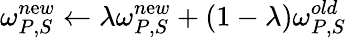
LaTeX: \omega_{P,S}^{n\mathrm{e}w}\leftarrow\lambda\omega_{P,S}^{n\mathrm{e}w}+(1-\lambda)\omega_{P,S}^{old}